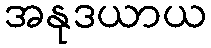
အနုဒယာယ